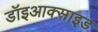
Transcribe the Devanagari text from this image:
डॉइआक्साइड